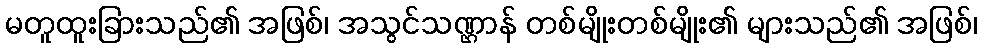
မတူထူးခြားသည်၏ အဖြစ်၊ အသွင်သဏ္ဌာန် တစ်မျိုးတစ်မျိုး၏ များသည်၏ အဖြစ်၊